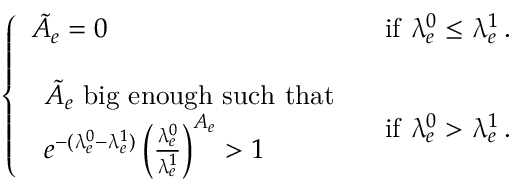
\left\{ \begin{array} { l l } { \tilde { A } _ { e } = 0 } & { \mathrm { i f ~ } \uplambda _ { e } ^ { 0 } \le \uplambda _ { e } ^ { 1 } \, . } \\ { \null } & { \null } \\ { \begin{array} { l } { \tilde { A } _ { e } \mathrm { ~ b i g ~ e n o u g h ~ s u c h ~ t h a t ~ } } \\ { e ^ { - ( \uplambda _ { e } ^ { 0 } - \uplambda _ { e } ^ { 1 } ) } \left( \frac { \uplambda _ { e } ^ { 0 } } { \uplambda _ { e } ^ { 1 } } \right) ^ { A _ { e } } > 1 } \end{array} } & { \mathrm { i f ~ } \uplambda _ { e } ^ { 0 } > \uplambda _ { e } ^ { 1 } \, . } \end{array} \right.